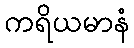
ကရိယမာနံ